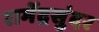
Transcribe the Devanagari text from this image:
रामेंद्रसुंदर